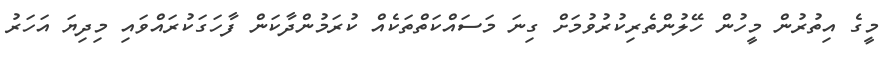
މީގެ އިތުރުން މީހުން ހޭލުންތެރިކުރުވުމަށް ގިނަ މަސައްކަތްތަކެއް ކުރަމުންދާކަން ފާހަގަކުރައްވައި މިދިޔަ އަހަރު